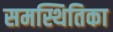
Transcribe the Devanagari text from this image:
समस्थितिका